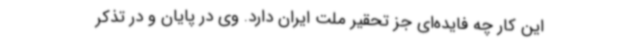
این کار چه فایده‌ای جز تحقیر ملت ایران دارد. وی در پایان و در تذکر